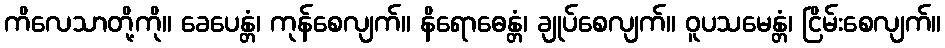
ကိလေသာတို့ကို။ ခေပေန္တံ၊ ကုန်စေလျက်။ နိရောဓေန္တံ၊ ချုပ်စေလျက်။ ဝူပသမေန္တံ၊ ငြိမ်းစေလျက်။